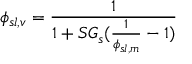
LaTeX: \phi _ { s l , v } = { \frac { 1 } { 1 + S G _ { s } ( { \frac { 1 } { \phi _ { s l , m } } } - 1 ) } }